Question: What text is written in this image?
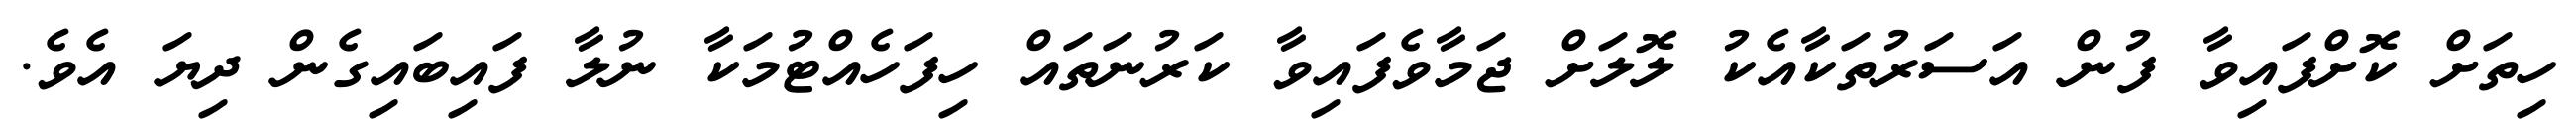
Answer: ހިތަށް ކޮށްފައިވާ ފުން އަސަރުތަކާއެކު ލޮލަށް ޖަމާވެފައިވާ ކަރުނަތައް ހިފަހެއްޓުމަކާ ނުލާ ފައިބައިގެން ދިޔަ އެވެ.